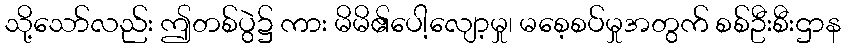
သို့သော်လည်း ဤတစ်ပွဲ၌ ကား မိမိ၏ပေါ့လျော့မှု၊ မစေ့စပ်မှုအတွက် စစ်ဦးစီးဌာန